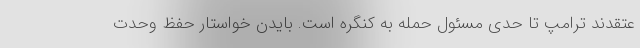
عتقدند ترامپ تا حدی مسئول حمله به کنگره است. بایدن خواستار حفظ وحدت